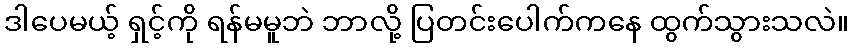
ဒါပေမယ့် ရှင့်ကို ရန်မမူဘဲ ဘာလို့ ပြတင်းပေါက်ကနေ ထွက်သွားသလဲ။